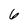
Character: 6